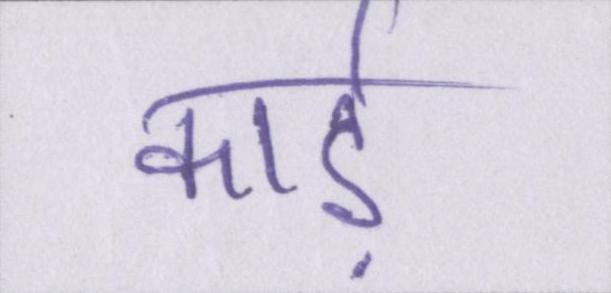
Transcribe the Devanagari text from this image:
कार्ड़